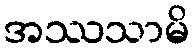
အဿသာမိ